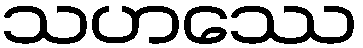
သဟဿေ